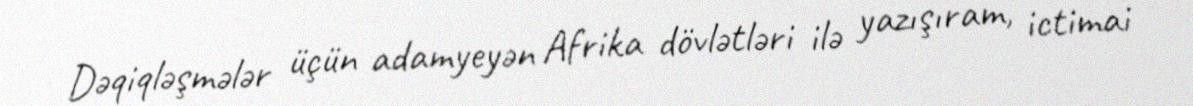
Dəqiqləşmələr üçün adamyeyən Afrika dövlətləri ilə yazışıram, ictimai